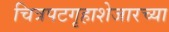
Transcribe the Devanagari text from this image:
चित्रपटगृहाशेजारच्या